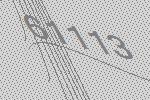
61113